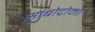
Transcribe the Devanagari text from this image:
सांबोद्रोमो